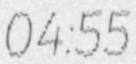
04:55